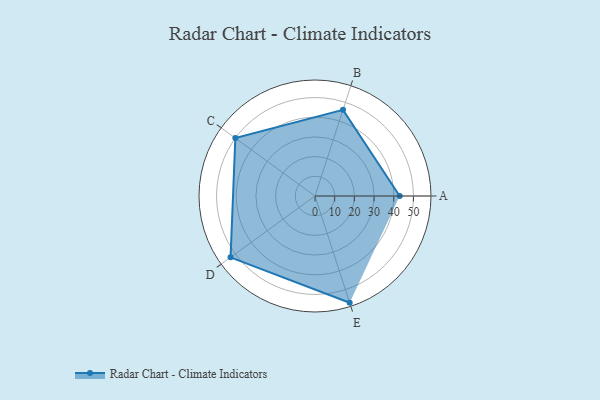
{"axis": {"x": "Skill", "y": "Score"}, "legend": ["Profile"], "data": [{"x": "A", "y": 43.0, "type": "Profile"}, {"x": "B", "y": 46.0, "type": "Profile"}, {"x": "C", "y": 50.0, "type": "Profile"}, {"x": "D", "y": 53.0, "type": "Profile"}, {"x": "E", "y": 57.0, "type": "Profile"}]}